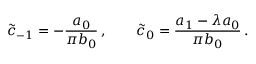
\tilde { c } _ { - 1 } = - { \frac { a _ { 0 } } { \pi b _ { 0 } } } \, , \qquad \tilde { c } _ { 0 } = { \frac { a _ { 1 } - \lambda a _ { 0 } } { \pi b _ { 0 } } } \, .